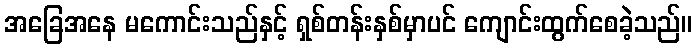
အခြေအနေ မကောင်းသည်နှင့် ရှစ်တန်းနှစ်မှာပင် ကျောင်းထွက်စေခဲ့သည်။